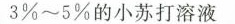
3%~5%的小苏打溶液